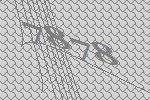
7878